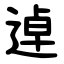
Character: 逴